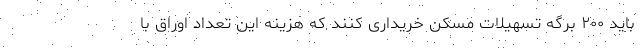
باید ۲۰۰ برگه تسهیلات مسکن خریداری کنند که هزینه این تعداد اوراق با